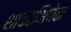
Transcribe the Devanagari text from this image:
शाकाभिषेक